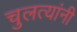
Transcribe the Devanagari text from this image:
चुलत्यांनी